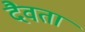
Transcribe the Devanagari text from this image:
दैवता